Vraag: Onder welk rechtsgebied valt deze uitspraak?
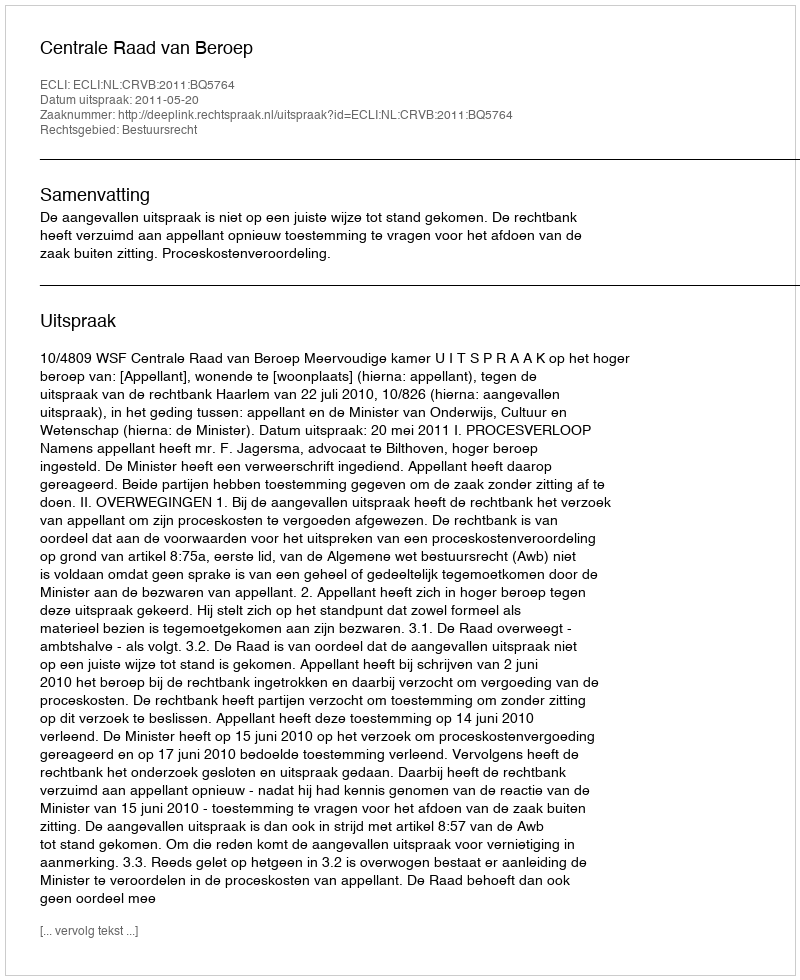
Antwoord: Bestuursrecht